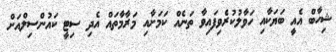
ޝިހާބް އެއީ ބަޔަކާއި ހަވާލުކުރެވިފައިވާ ތަނެއް ކަމަށާއި މަރާމާތައް އެދި ސިޓީ ކައުންސިލްއަށް